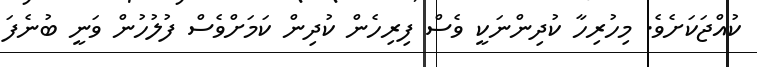
ކުއްޖަކަށެވެ. މިހުރިހާ ކުދިންނަކީ ވެސް ފިރިހެން ކުދިން ކަމަށްވެސް ފުލުހުން ވަނީ ބުނެފަ